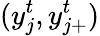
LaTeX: (y_{j}^{t},y_{j+}^{t})